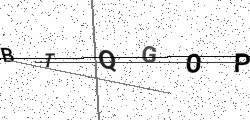
Text: BTQGOP